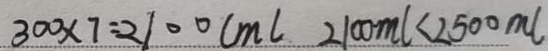
3 0 0 \times 7 = 2 1 0 0 c m l 2 1 0 0 m l < 2 5 0 0 m l